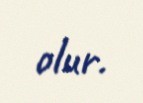
olur.